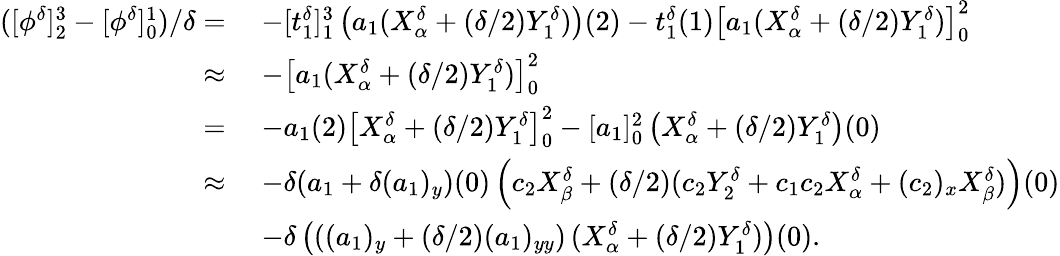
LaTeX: \begin{array}{rl}{([\phi^{\delta}]_{2}^{3}-[\phi^{\delta}]_{0}^{1})/\delta=\; }&{-[t_{1}^{\delta}]_{1}^{3}\left(a_{1}(X_{\alpha}^{\delta}+(\delta/2)Y_{1}^{\delta})\right)(2)-t_{1}^{\delta}(1)\left[a_{1}(X_{\alpha}^{\delta}+(\delta/2)Y_{1}^{\delta})\right]_{0}^{2}}\\ {\approx\; }&{-\left[a_{1}(X_{\alpha}^{\delta}+(\delta/2)Y_{1}^{\delta})\right]_{0}^{2}}\\ {=\; }&{-a_{1}(2)\left[X_{\alpha}^{\delta}+(\delta/2)Y_{1}^{\delta}\right]_{0}^{2}-[a_{1}]_{0}^{2}\left(X_{\alpha}^{\delta}+(\delta/2)Y_{1}^{\delta}\right)(0)}\\ {\approx\; }&{-\delta(a_{1}+\delta(a_{1})_{y})(0)\left(c_{2}X_{\beta}^{\delta}+(\delta/2)(c_{2}Y_{2}^{\delta}+c_{1}c_{2}X_{\alpha}^{\delta}+(c_{2})_{x}X_{\beta}^{\delta})\right)(0)}\\ &{-\delta\left(((a_{1})_{y}+(\delta/2)(a_{1})_{yy})\, (X_{\alpha}^{\delta}+(\delta/2)Y_{1}^{\delta})\right)(0).}\end{array}